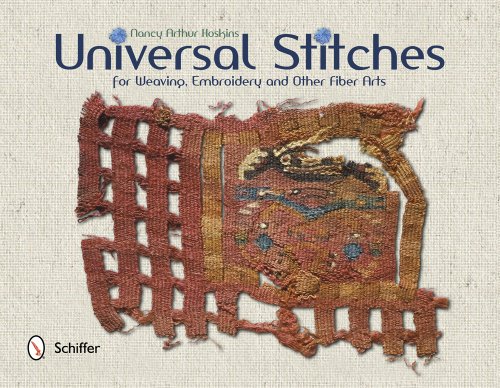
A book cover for Universal Stitches for Weaving, Embroidery, and Other Fiber Arts; Nancy Arthur Hoskins; Crafts, Hobbies & Home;